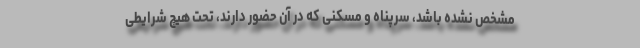
مشخص نشده باشد، سرپناه و مسکنی که در آن حضور دارند، تحت هیچ شرایطی